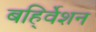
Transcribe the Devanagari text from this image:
बहि्र्वेशन